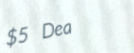
$5 Deal